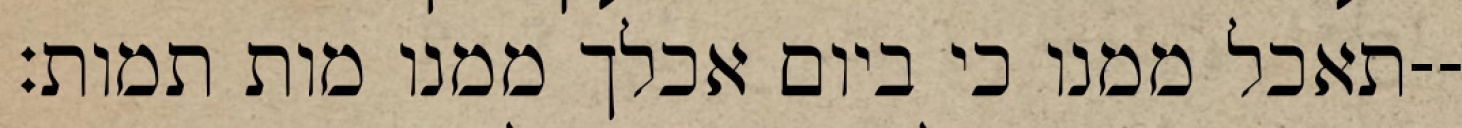
תאכל ממנו כי ביום אכלך ממנו מות תמות׃--